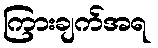
ကြားချက်အရ